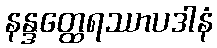
နန္ဒတ္ထေရဿာပဒါနံ